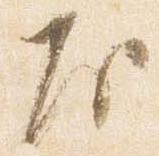
房